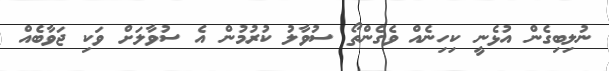
ނުލިބިގެން އުޅެނީ ކިހިނެއް ވެގެންތޯ ސުވާލު ކުރުމުން އެ ސުވާލަށް ވަކި ޖަވާބެއް